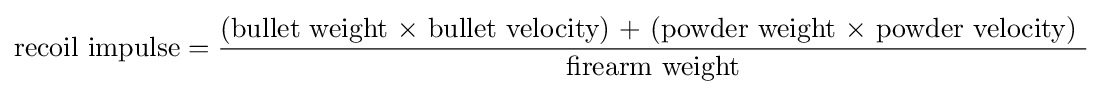
{\text{recoil impulse}}={\frac {\text{(bullet weight × bullet velocity) + (powder weight × powder velocity) }}{\text{firearm weight}}}